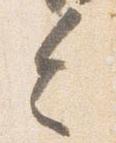
令